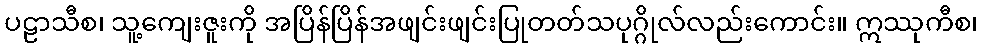
ပဠာသီစ၊ သူ့ကျေးဇူးကို အပြိန်ပြိန်အဖျင်းဖျင်းပြုတတ်သပုဂ္ဂိုလ်လည်းကောင်း။ ဣဿုကီစ၊